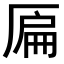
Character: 𠪂